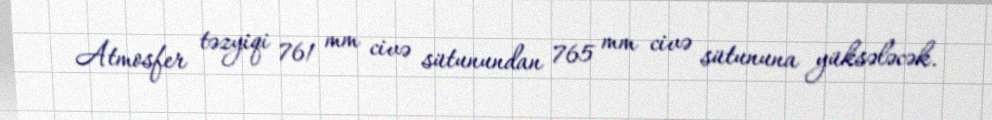
Atmosfer təzyiqi 761 mm civə sütunundan 765 mm civə sütununa yüksələcək.